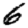
Digit: 6